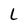
Character: L